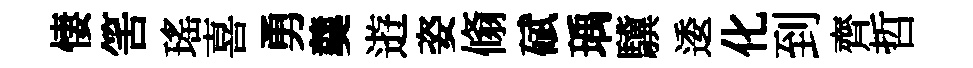
悽筈瑤喜勇羹逰姿翛碔瑀驥逶化到齊哲